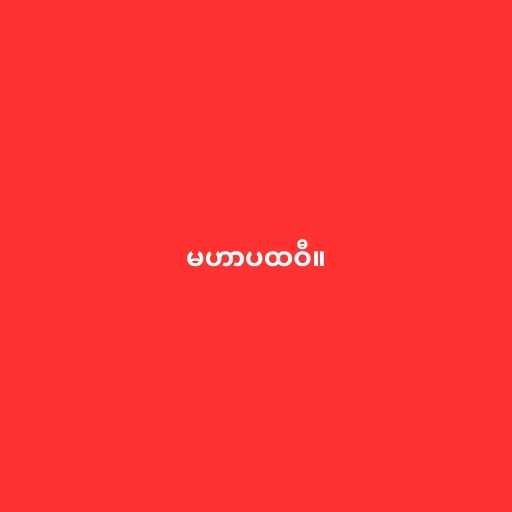
မဟာပထဝီ။